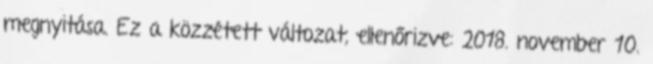
megnyitása. Ez a közzétett változat, ellenőrizve: 2018. november 10.